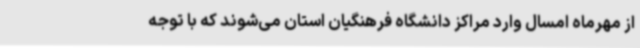
از مهرماه امسال وارد مراکز دانشگاه فرهنگیان استان می‌شوند که با توجه